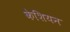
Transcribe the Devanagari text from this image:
केशियन